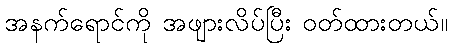
အနက်ရောင်ကို အဖျားလိပ်ပြီး ဝတ်ထားတယ်။